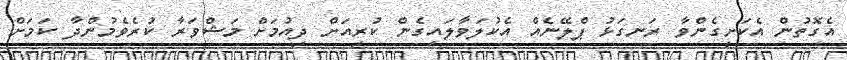
އެގޮތުން އެކަށީގެންވާ ރަނގަޅު ޕްލޭނެއް އެކުލަވާލައިގެން ކުރިއަށް ދިއުމަށް މަޝްވަރާ ކުރެވެމުންދާ ކަމަށް